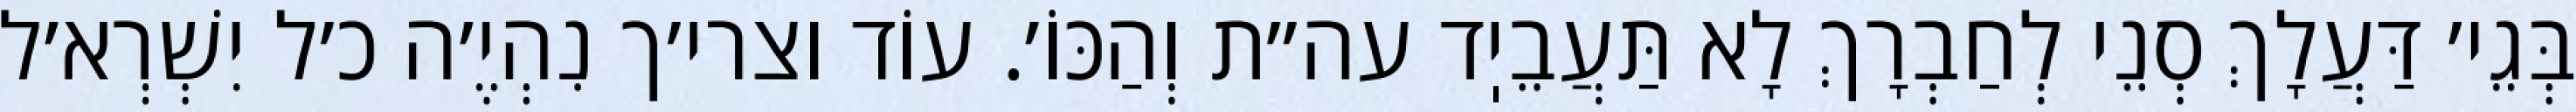
בְּגֵי׳ דַּעֲלָךְ סְנֵי לְחַבְרָךְ לָא תַּעֲבֵיֽד עה״ת וְהַכּוֹ׳. עוֹד וצרי׳ך נִהְיֶ׳ה כ׳ל יִשְׁרְא׳ל